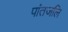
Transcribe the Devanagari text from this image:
पांतजलि